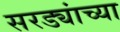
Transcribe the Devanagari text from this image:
सरड्यांच्या